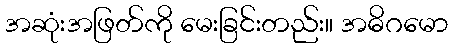
အဆုံးအဖြတ်ကို မေးခြင်းတည်း။ အဓိဂမော